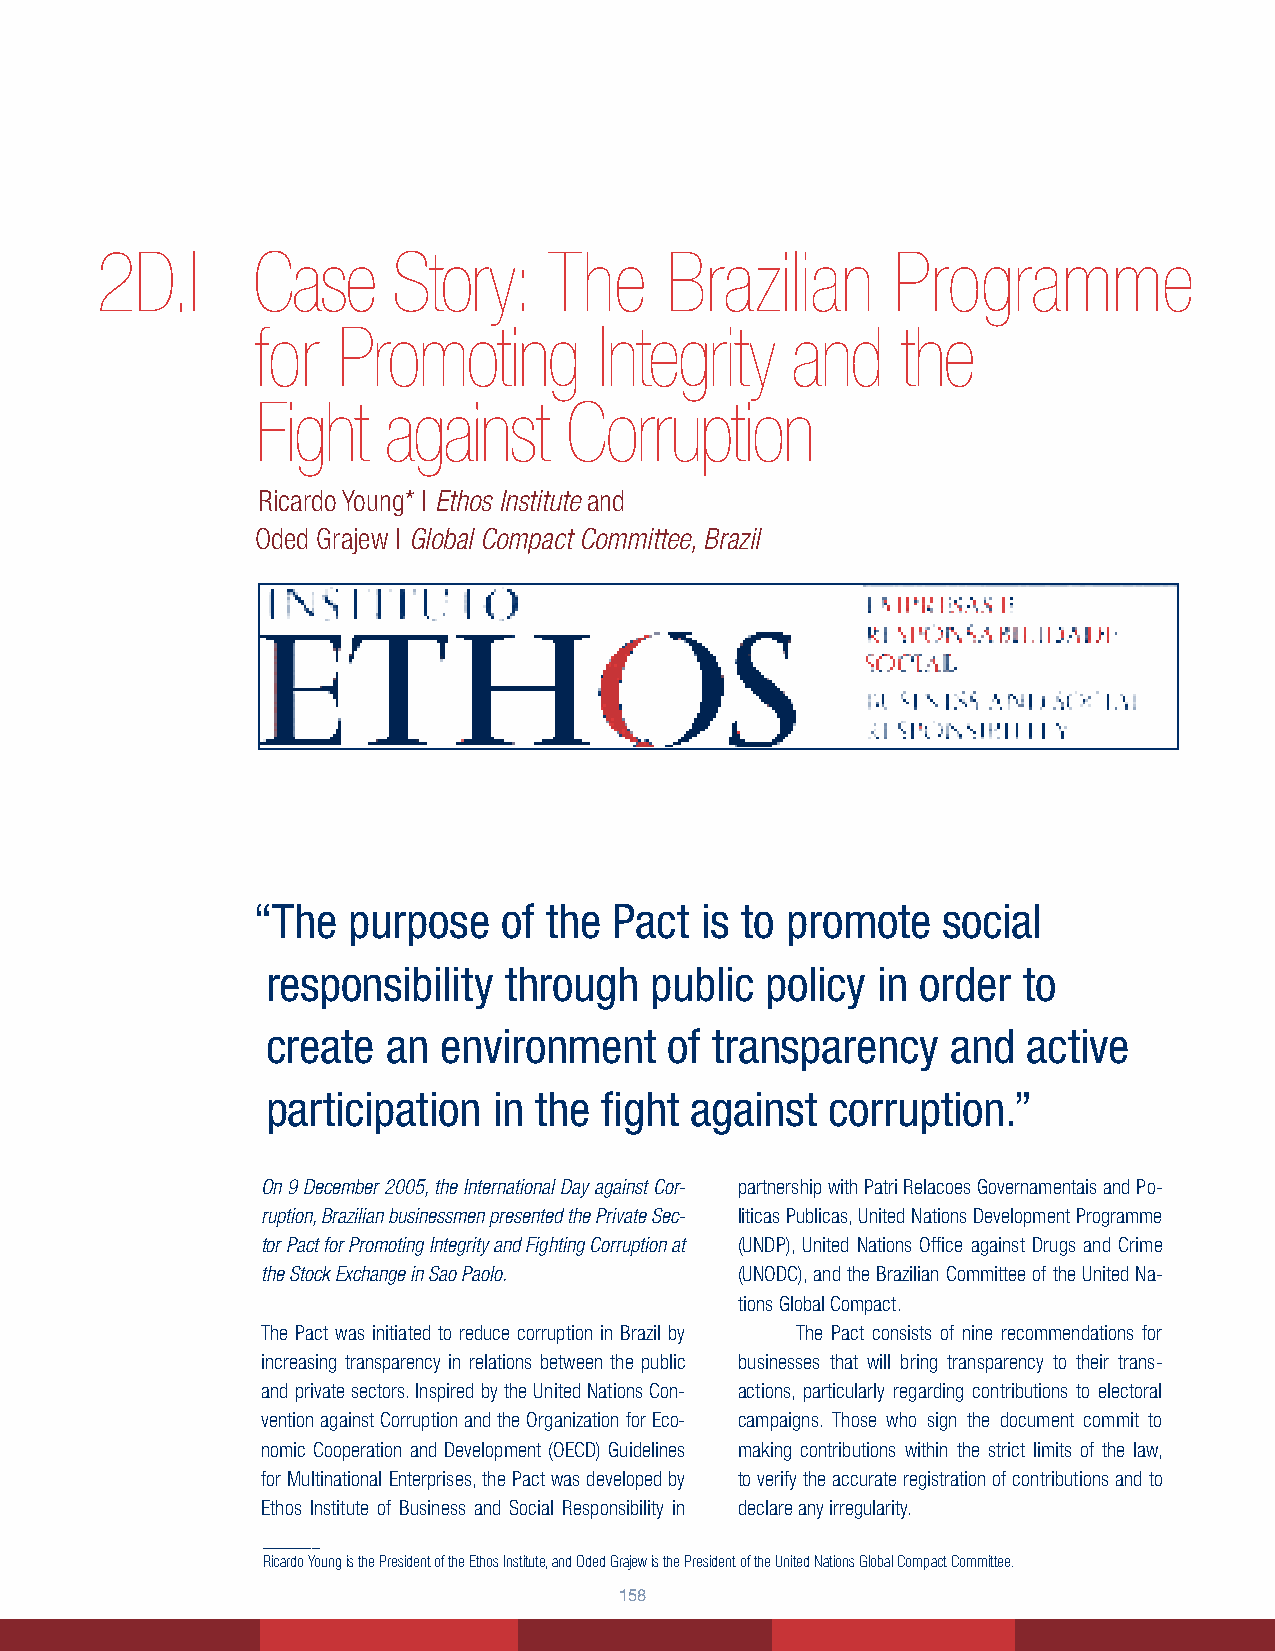
2D.I       Case     Story:    The     Brazilian      Programme
 for  Promoting         Integrity   and     the
 Fight   against     Corruption
 Ricardo Young* | Ethos Institute and
 Oded Grajew | Global Compact Committee, Brazil
 “The  purpose   of the  Pact is to promote   social
 responsibility through   public  policy in order  to
 create  an environment    of transparency    and  active
 participation  in the fight against  corruption.”
 On 9 December 2005, the International Day against Cor- partnership with Patri Relacoes Governamentais and Po-
 ruption, Brazilian businessmen presented the Private Sec- liticas Publicas, United Nations Development Programme
 tor Pact for Promoting Integrity and Fighting Corruption at (UNDP), United Nations Office against Drugs and Crime
 the Stock Exchange in Sao Paolo. (UNODC), and the Brazilian Committee of the United Na-
 tions Global Compact.
 The Pact was initiated to reduce corruption in Brazil by The Pact consists of nine recommendations for
 increasing transparency in relations between the public businesses that will bring transparency to their trans-
 and private sectors. Inspired by the United Nations Con- actions, particularly regarding contributions to electoral
 vention against Corruption and the Organization for Eco- campaigns. Those who sign the document commit to
 nomic Cooperation and Development (OECD) Guidelines making contributions within the strict limits of the law,
 for Multinational Enterprises, the Pact was developed by to verify the accurate registration of contributions and to
 Ethos Institute of Business and Social Responsibility in declare any irregularity.
 _______
 Ricardo Young is the President of the Ethos Institute, and Oded Grajew is the President of the United Nations Global Compact Committee.
 158